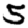
Digit: 5